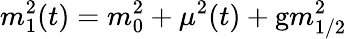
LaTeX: m_{1}^{2}(t)=m_{0}^{2}+\mu^{2}(t)+\mathrm{g}m_{1/2}^{2}